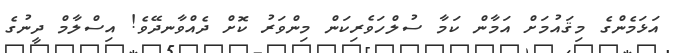
އަޅަމެންގެ މިޤައުމަށް އަމާން ކަމާ ސުލްހަވެރިކަން މިންވަރު ކޮށް ދެއްވާނދޭވެ! އިސްލާމް ދީނުގެ